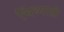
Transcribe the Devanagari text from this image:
चिंध्याही